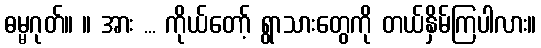
ဓမ္မဂုတ်။ ။ အား ... ကိုယ်တော့် ရွာသားတွေကို တယ်နှိမ်ကြပါလား။